Report on vaccination in the Province of Bengal - 1869-1873
Year: 1869
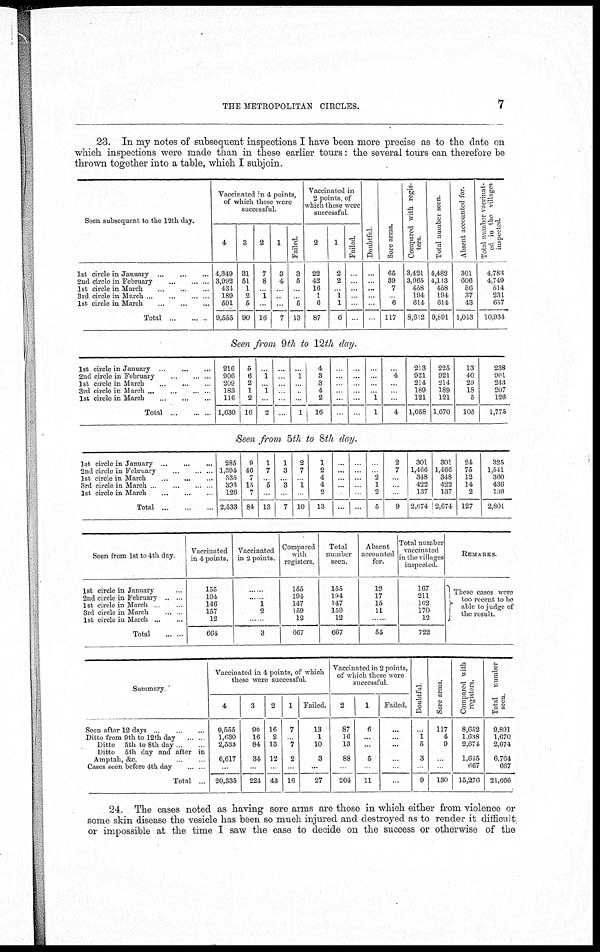
THE METROPOLITAN CIRCLES.
7
23. In my notes of subsequent inspections I have been more precise as to the date on
which inspections were made than in these earlier tours: the several tours can therefore be
thrown together into a table, which I subjoin.
Seen subsequent to the 12th day.
1st circle in January
...
...
...
2nd circle in February
...
...
...
1st circle in March ... ... ...
3rd circle in March ... ... ... ...
1st circle in March
...
...
...
Total ... ... ...
Vaccinated in 4 points,
of which these were
successful.
4
4,349
3,992
434
189
591
9,555
3
31
51
1
2
5
90
2
7
8
...
1
...
16
1
3
4
...
...
...
7
Failed.
3
5
...
...
5
13
Vaccinated in
2 points, of
which these were
successful.
2
22
42
16
1
6
87
1
2
2
...
1
1
6
Failed.
...
...
...
...
...
...
Doubtful
...
...
...
...
...
...
Sore arms.
65
39
7
...
6
117
Compared with regis-
ters.
3,421
3,965
458
194
614
8,652
Total number seen.
4,482
4,113
458
194
614
9,891
Absent accounted for.
301
606
56
37
43
1,043
Total number vaccinat-
ed in the villages
inspected.
4,783
4,749
514
231
657
10,934
Seen from 9th to 12th clay.
1st circle in January ... ...
2nd circle in February
...
...
1st circle in March ... ... ...
3rd circle in March
...
...
...
1st circle in March
...
...
...
Total ... ... ...
216
906
209
183
116
1,630
5
6
2
1
2
16
...
1
...
1
...
2
...
...
...
...
...
...
...
1
...
...
...
1
4
3
3
4
2
16
...
...
...
...
...
...
...
...
...
...
...
...
...
...
...
...
1
1
...
4
...
...
...
4
213
921
214
189
121
1,658
225
921
214
189
121
1,670
13
40
29
18
5
105
238
961
243
207
126
1,775
Seen from 5th to 8th clay.
1st circle in January ... ... ...
2nd circle in February
...
...
...
1st circle in March ... ... ...
3rd circle in March
...
...
...
1st circle in March
...
...
...
Total ... ...
285
1,394
335
393
126
2,533
9
46
7
15
7
84
1
7
...
5
...
13
1
3
... 3
...
7
2
7
...
1
...
10
1
2
4
4
2
13
...
...
...
...
...
...
...
...
...
...
...
...
...
...
2
1
2
5
2
7
...
...
...
9
301
1,466
348
422
137
2,674
301
1,466
348
422
137
2,674
24
75
12
14
2
127
325
1,541
360
436
139
2,801
Seen from 1st to 4th day
1st circle in January ...
2nd circle in February
...
1st circle in March ...
3rd circle in march ...
1st circle in March
...
...
Total
Vaccinated
in 4 points.
155
194
146
157
12
664
Vaccinated
in 2 points.
...
... 1
2
...
3
Compared
with
registers.
155
194
147
159
12
667
Total
number
seen.
155
194
147
159
12
667
Absent
accounted
for.
13
17
15
11
...
55
Total number
vaccinated
in the villages
inspected.
167
211
162
170
12
722
REMARKS.
These cases were
too recent to be
able to judge of
the result.
Summary.
Seen after 12 days ... ... ...
Ditto from 9th to 12th day ...
Ditto 5th to 8th day
Ditto 5th day and after in
Amptah, &c. ...
Cases seen before 4th day ...
Total ...
Vaccinated in 4 points, of which
these were successful.
4
9,555
1,630
2,533
6,617
...
20,335
3
90
16
84
34
...
224
2
16
2
13
12
...
43
1
7
...
7
2
...
16
Failed.
13
1
10
3
...
27
Vaccinated in 2 points,
of which these were
successful.
2
87
16
13
88
...
204
1
6
...
...
5
...
11
Failed.
...
...
...
...
...
...
Doubtful.
...
1
5
3
...
9
Sore arms.
117
4
9
...
130
Compared with
registers.
8,652
1,698
2,674
1,615
667
15,270
Total number
seen.
9,891
1,670
2,674
6,764
667
21,666
24. The cases noted as having sore arms are those in which either from violence or
some skin disease the vesicle has been so much injured and destroyed as to render it difficult
or impossible at the time I saw the case to decide on the success or otherwise of the